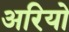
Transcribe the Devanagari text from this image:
अरियो